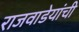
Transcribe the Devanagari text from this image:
राजवाडेयांची